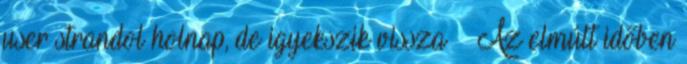
user strandol holnap, de igyekszik vissza Az elmúlt időben